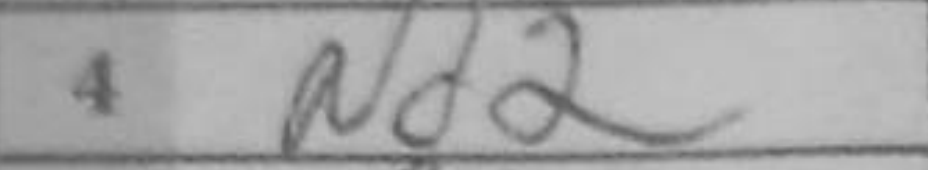
Transcription: Nd2